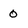
Character: 0